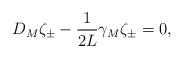
LaTeX: \begin{align*}{ D_M \zeta_\pm - {1 \over 2L} \gamma_M \zeta_\pm = 0 ,}\end{align*}